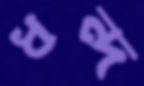
ধন্দ